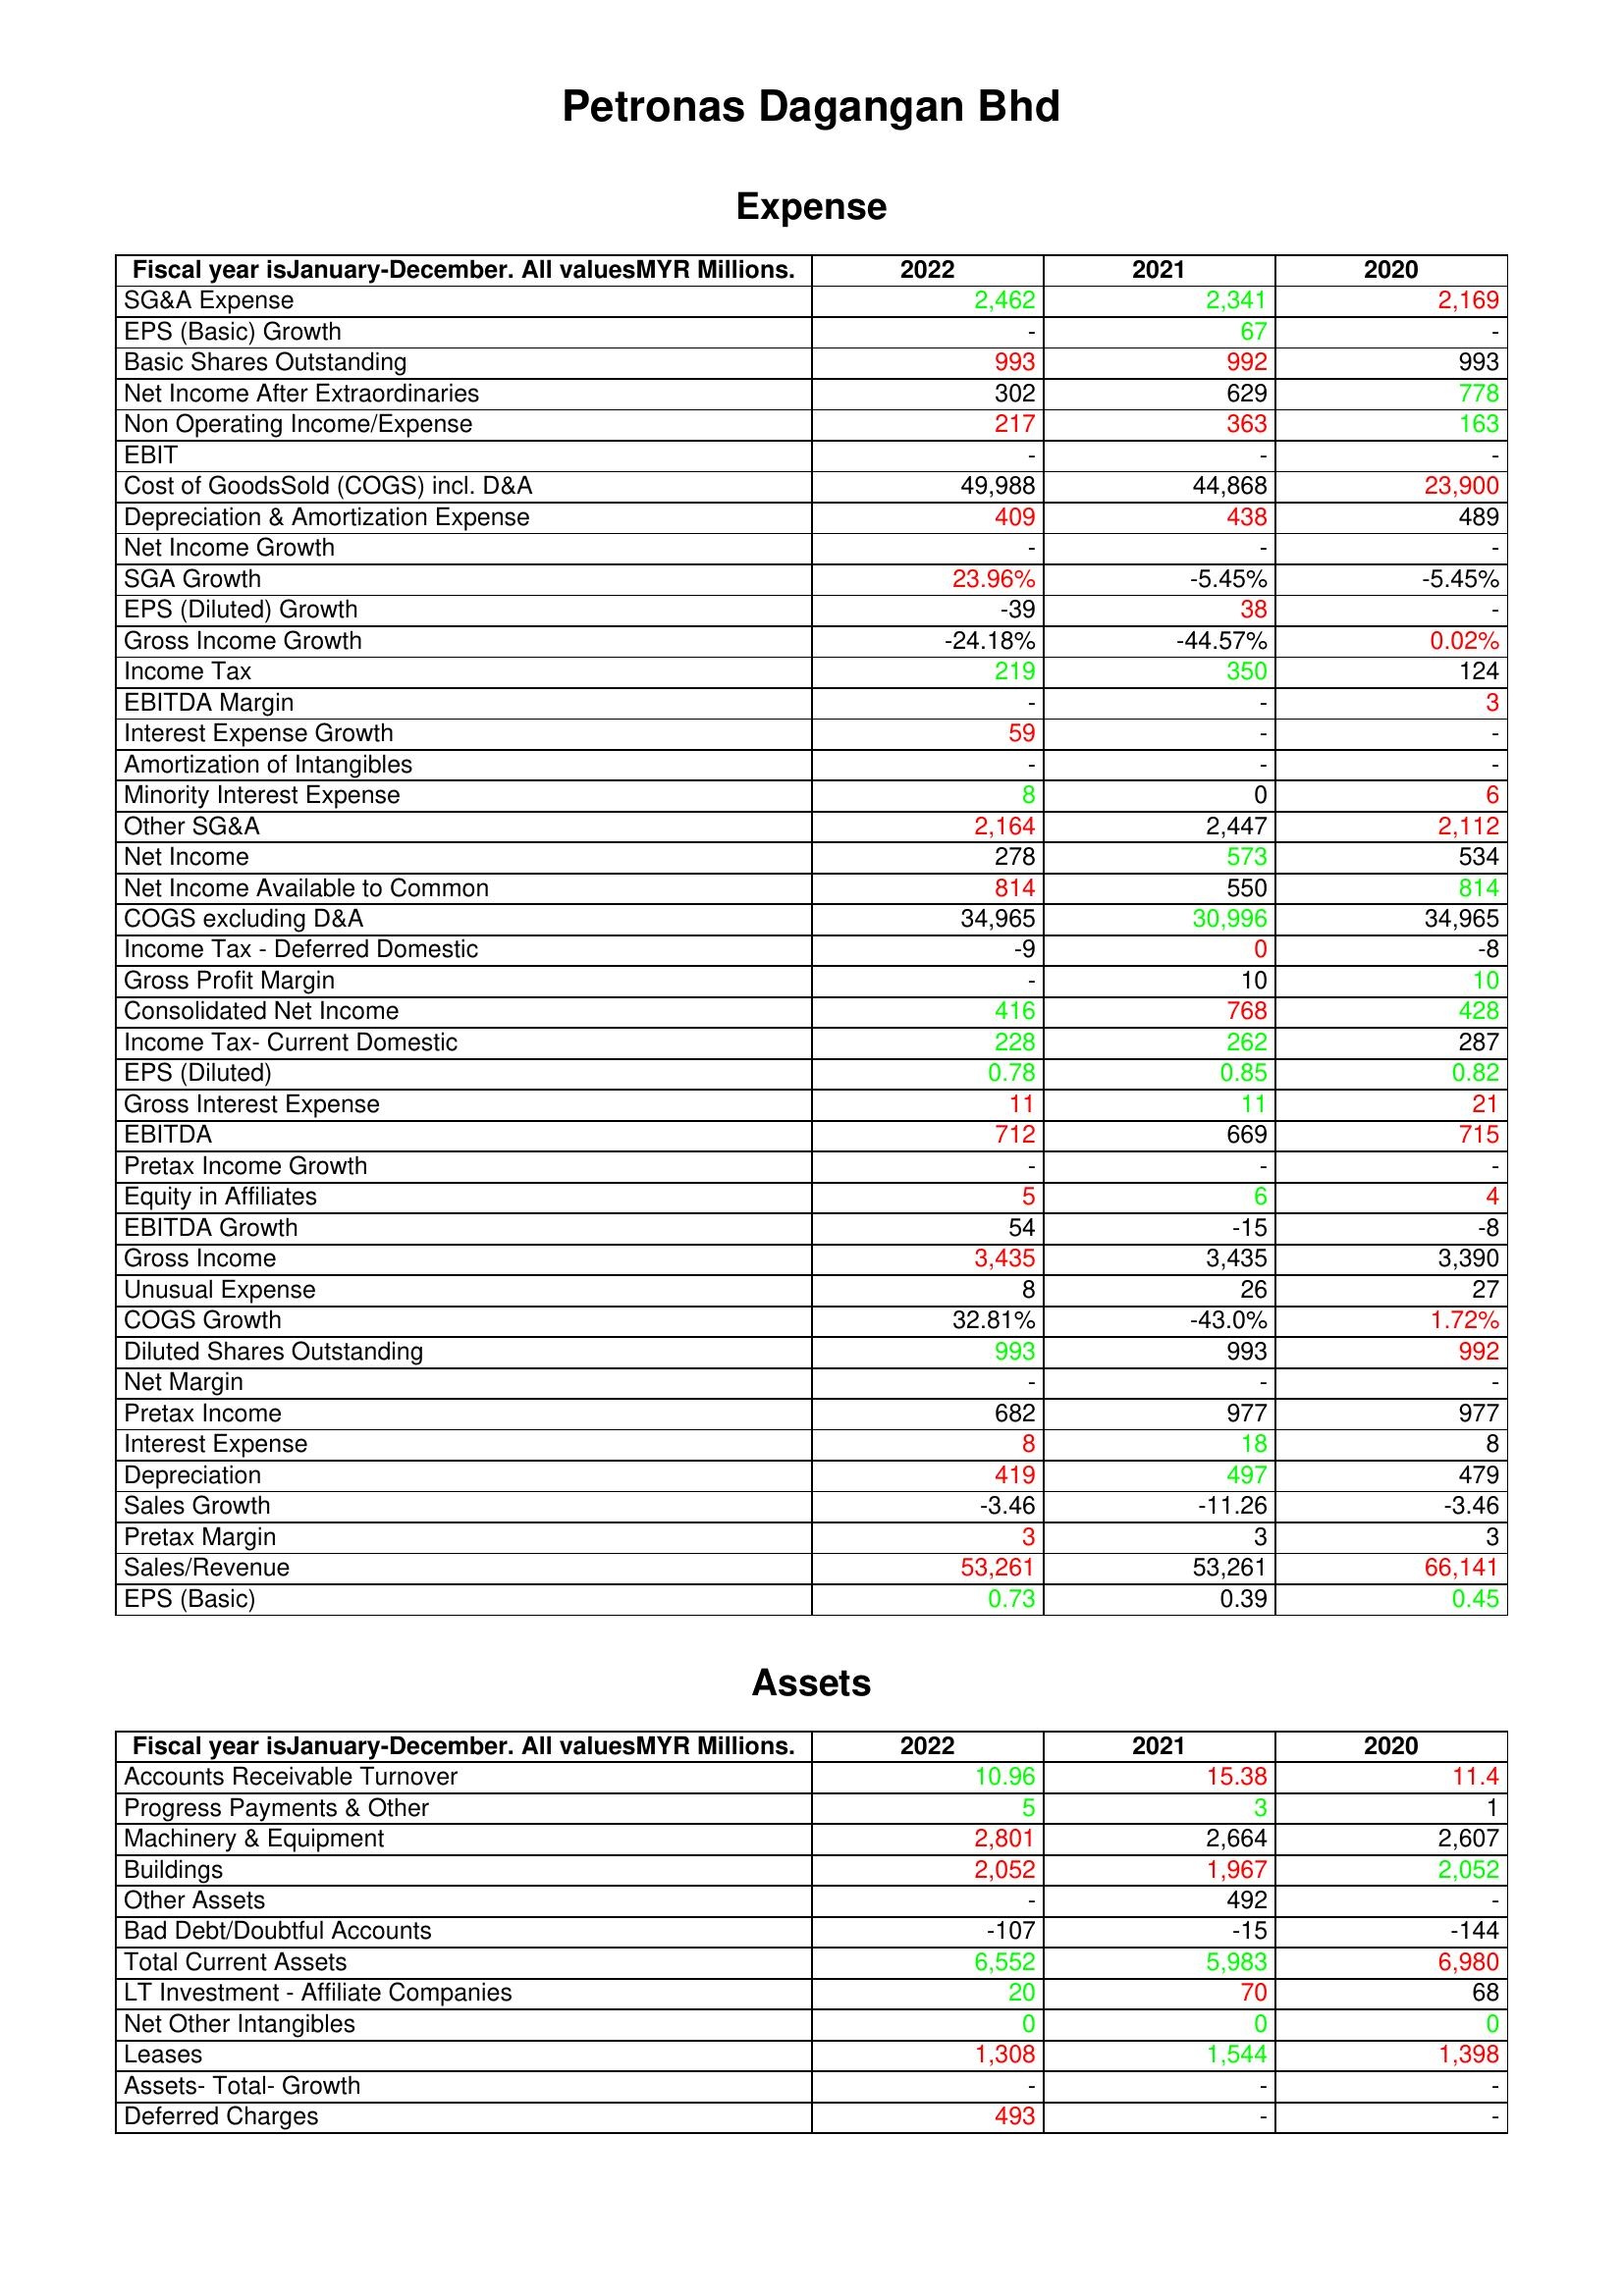
gt_parse: 2022: Expense: SG&A Expense: 2,462
EPS (Basic) Growth: -
Basic Shares Outstanding: 993
Net Income After Extraordinaries: 302
Non Operating Income/Expense: 217
EBIT: -
Cost of GoodsSold (COGS) incl. D&A: 49,988
Depreciation & Amortization Expense: 409
Net Income Growth: -
SGA Growth: 23.96%
EPS (Diluted) Growth: -39
Gross Income Growth: -24.18%
Income Tax: 219
EBITDA Margin: -
Interest Expense Growth: 59
Amortization of Intangibles: -
Minority Interest Expense: 8
Other SG&A: 2,164
Net Income: 278
Net Income Available to Common: 814
COGS excluding D&A: 34,965
Income Tax - Deferred Domestic: -9
Gross Profit Margin: -
Consolidated Net Income: 416
Income Tax- Current Domestic: 228
EPS (Diluted): 0.78
Gross Interest Expense: 11
EBITDA: 712
Pretax Income Growth: -
Equity in Affiliates: 5
EBITDA Growth: 54
Gross Income: 3,435
Unusual Expense: 8
COGS Growth: 32.81%
Diluted Shares Outstanding: 993
Net Margin: -
Pretax Income: 682
Interest Expense: 8
Depreciation: 419
Sales Growth: -3.46
Pretax Margin: 3
Sales/Revenue: 53,261
EPS (Basic): 0.73
Assets: Accounts Receivable Turnover: 10.96
Progress Payments & Other: 5
Machinery & Equipment: 2,801
Buildings: 2,052
Other Assets: -
Bad Debt/Doubtful Accounts: -107
Total Current Assets: 6,552
LT Investment - Affiliate Companies: 20
Net Other Intangibles: 0
Leases: 1,308
Assets- Total- Growth: -
Deferred Charges: 493
2021: Expense: SG&A Expense: 2,341
EPS (Basic) Growth: 67
Basic Shares Outstanding: 992
Net Income After Extraordinaries: 629
Non Operating Income/Expense: 363
EBIT: -
Cost of GoodsSold (COGS) incl. D&A: 44,868
Depreciation & Amortization Expense: 438
Net Income Growth: -
SGA Growth: -5.45%
EPS (Diluted) Growth: 38
Gross Income Growth: -44.57%
Income Tax: 350
EBITDA Margin: -
Interest Expense Growth: -
Amortization of Intangibles: -
Minority Interest Expense: 0
Other SG&A: 2,447
Net Income: 573
Net Income Available to Common: 550
COGS excluding D&A: 30,996
Income Tax - Deferred Domestic: 0
Gross Profit Margin: 10
Consolidated Net Income: 768
Income Tax- Current Domestic: 262
EPS (Diluted): 0.85
Gross Interest Expense: 11
EBITDA: 669
Pretax Income Growth: -
Equity in Affiliates: 6
EBITDA Growth: -15
Gross Income: 3,435
Unusual Expense: 26
COGS Growth: -43.0%
Diluted Shares Outstanding: 993
Net Margin: -
Pretax Income: 977
Interest Expense: 18
Depreciation: 497
Sales Growth: -11.26
Pretax Margin: 3
Sales/Revenue: 53,261
EPS (Basic): 0.39
Assets: Accounts Receivable Turnover: 15.38
Progress Payments & Other: 3
Machinery & Equipment: 2,664
Buildings: 1,967
Other Assets: 492
Bad Debt/Doubtful Accounts: -15
Total Current Assets: 5,983
LT Investment - Affiliate Companies: 70
Net Other Intangibles: 0
Leases: 1,544
Assets- Total- Growth: -
Deferred Charges: -
2020: Expense: SG&A Expense: 2,169
EPS (Basic) Growth: -
Basic Shares Outstanding: 993
Net Income After Extraordinaries: 778
Non Operating Income/Expense: 163
EBIT: -
Cost of GoodsSold (COGS) incl. D&A: 23,900
Depreciation & Amortization Expense: 489
Net Income Growth: -
SGA Growth: -5.45%
EPS (Diluted) Growth: -
Gross Income Growth: 0.02%
Income Tax: 124
EBITDA Margin: 3
Interest Expense Growth: -
Amortization of Intangibles: -
Minority Interest Expense: 6
Other SG&A: 2,112
Net Income: 534
Net Income Available to Common: 814
COGS excluding D&A: 34,965
Income Tax - Deferred Domestic: -8
Gross Profit Margin: 10
Consolidated Net Income: 428
Income Tax- Current Domestic: 287
EPS (Diluted): 0.82
Gross Interest Expense: 21
EBITDA: 715
Pretax Income Growth: -
Equity in Affiliates: 4
EBITDA Growth: -8
Gross Income: 3,390
Unusual Expense: 27
COGS Growth: 1.72%
Diluted Shares Outstanding: 992
Net Margin: -
Pretax Income: 977
Interest Expense: 8
Depreciation: 479
Sales Growth: -3.46
Pretax Margin: 3
Sales/Revenue: 66,141
EPS (Basic): 0.45
Assets: Accounts Receivable Turnover: 11.4
Progress Payments & Other: 1
Machinery & Equipment: 2,607
Buildings: 2,052
Other Assets: -
Bad Debt/Doubtful Accounts: -144
Total Current Assets: 6,980
LT Investment - Affiliate Companies: 68
Net Other Intangibles: 0
Leases: 1,398
Assets- Total- Growth: -
Deferred Charges: -